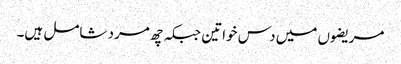
مریضوں میں دس خواتین جبکہ چھ مرد شامل ہیں۔